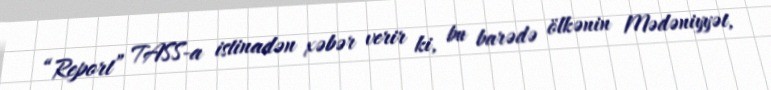
“Report” TASS-a istinadən xəbər verir ki, bu barədə ölkənin Mədəniyyət,